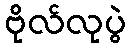
ဗိုလ်လုပွဲ